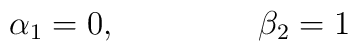
\alpha_1=0,\  \ \ \ \ \ \ \ \ \ \ \ \ \beta_2=1